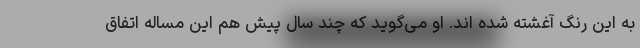
به این رنگ آغشته شده اند. او می‌گوید که چند سال پیش هم این مساله اتفاق